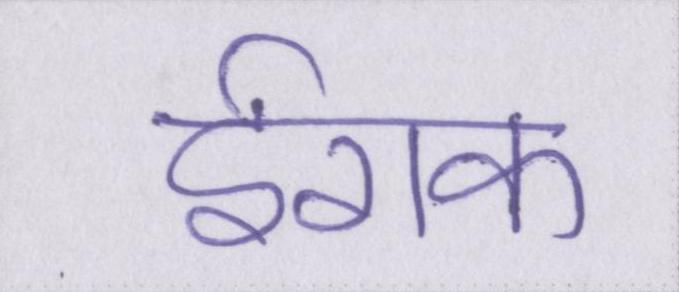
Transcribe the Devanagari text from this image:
ईराक